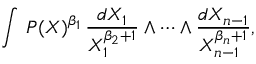
\int \, P ( X ) ^ { \beta _ { 1 } } \, { \frac { d X _ { 1 } } { X _ { 1 } ^ { \beta _ { 2 } + 1 } } } \wedge \cdots \wedge { \frac { d X _ { n - 1 } } { X _ { n - 1 } ^ { \beta _ { n } + 1 } } } ,